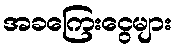
အခကြေးငွေများ